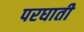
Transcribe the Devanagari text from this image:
परघाती